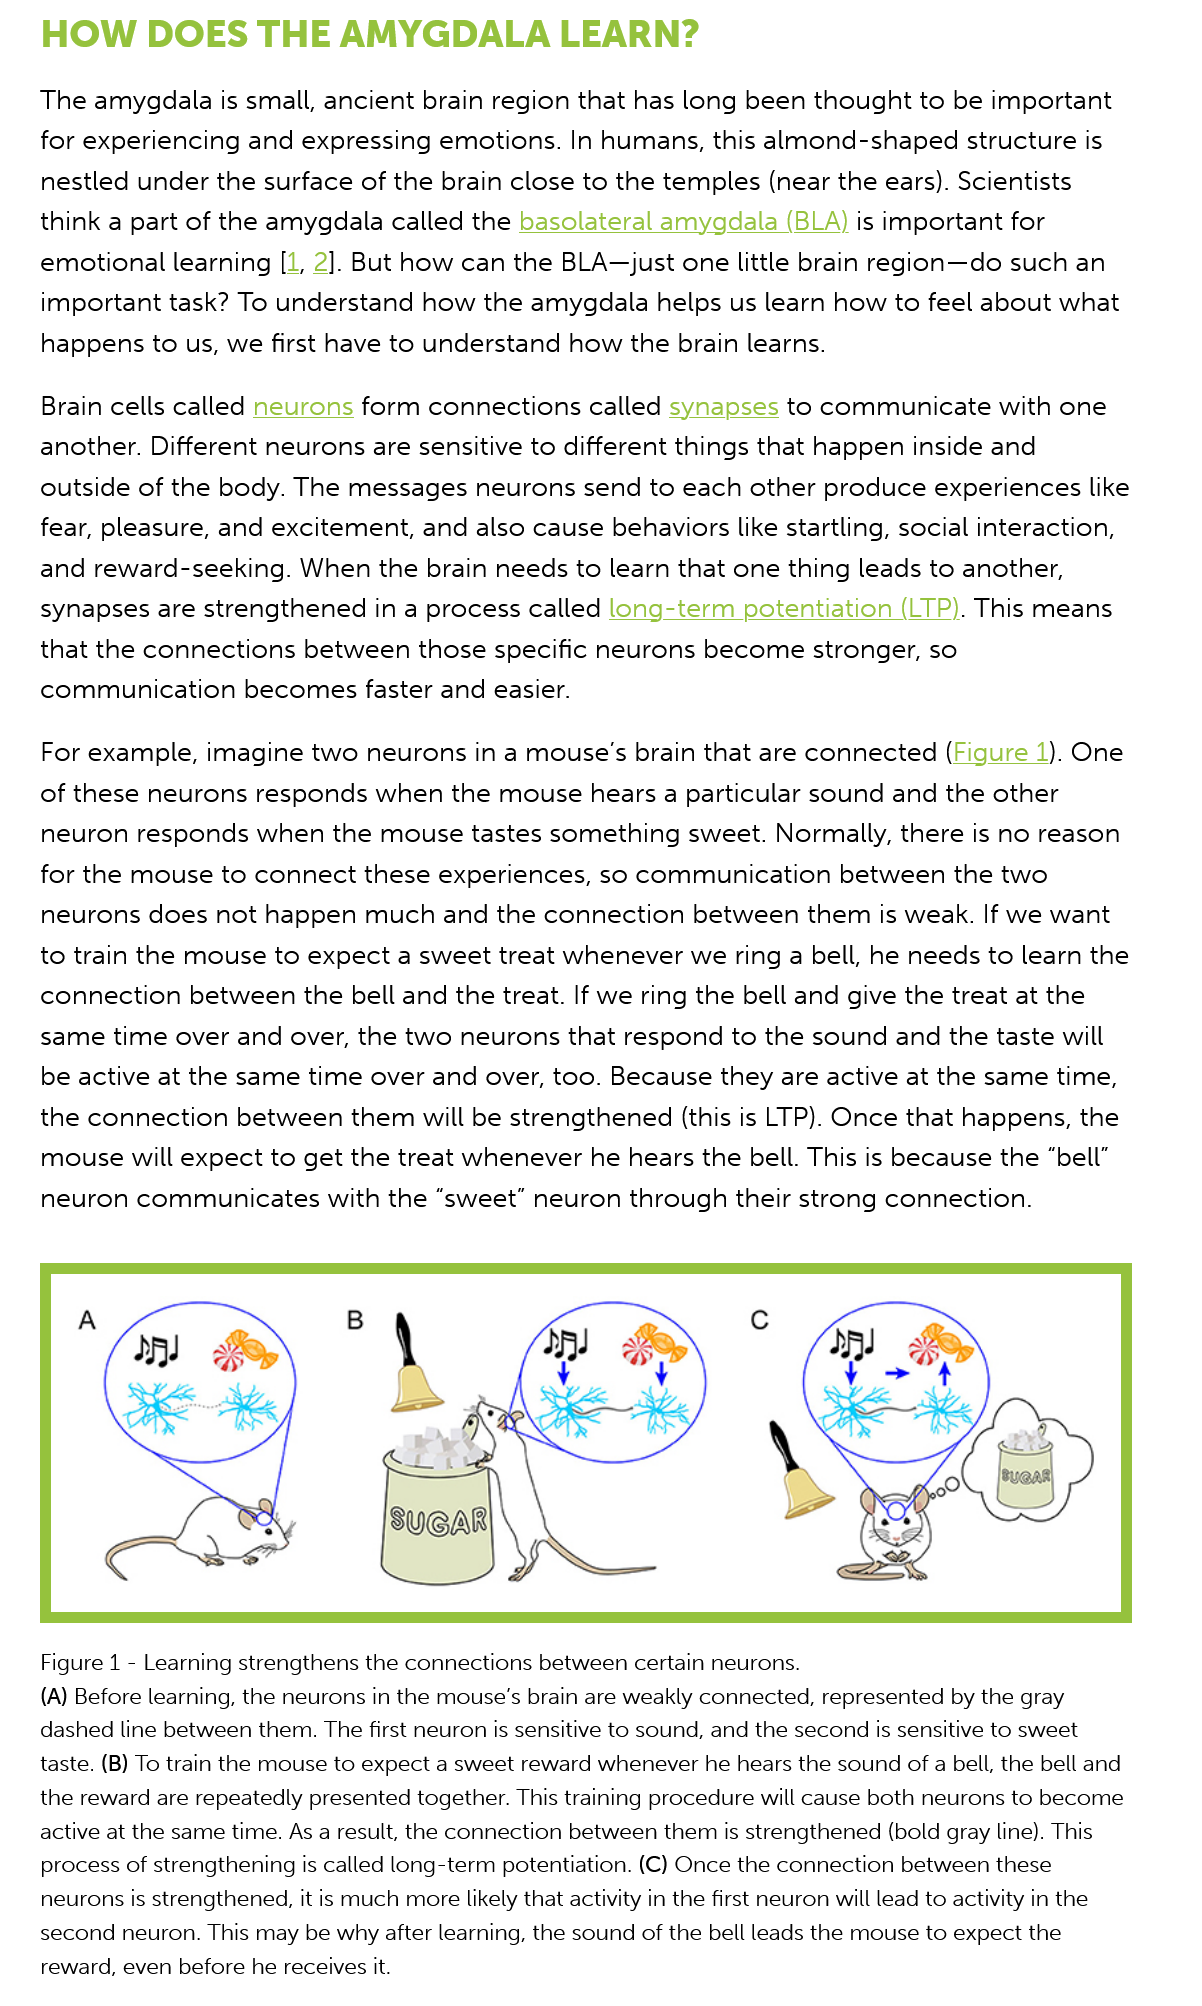
HOW    DOES    THE    AMYGDALA    LEARN?
    The  amygdala   is small, ancient brain region that has long  been thought   to be important
    for experiencing  and  expressing  emotions.  In humans,   this almond-shaped  structure is
    nestled  under the  surface of the brain close to the temples   (near the ears). Scientists
    think a part of the amygdala   called the basolateral amygdala   (BLA) is important  for
    emotional  learning  [1, 2]. But how can the  BLA—just  one little brain region—do   such an
    important  task? To  understand  how   the amygdala   helps us learn how  to feel about  what
    happens to   us, we first have to understand  how the brain   learns.
    Brain cells called neurons  form  connections   called synapses  to communicate    with  one
    another.  Different neurons are  sensitive to different things that happen  inside and
    outside  of the body. The  messages   neurons  send  to each  other produce   experiences like
    fear, pleasure, and excitement,  and  also cause  behaviors like startling, social interaction,
    and  reward-seeking.   When the   brain needs to  learn that one thing leads to another,
    synapses are  strengthened in   a process called  long-term  potentiation  (LTP). This means
    that the connections   between   those  specific neurons  become stronger,   so
    communication    becomes  faster  and  easier.
    For example,   imagine  two  neurons in a mouse’s   brain that are connected   (Figure  1). One
    of these neurons   responds  when   the mouse   hears a particular sound  and  the other
    neuron   responds  when  the  mouse tastes  something   sweet.  Normally,  there is no reason
    for the mouse   to connect  these  experiences,  so communication    between   the two
    neurons  does  not  happen  much and    the connection   between   them  is weak. If we want
    to train the mouse  to expect  a sweet treat  whenever   we ring a bell, he needs to  learn the
    connection   between the bell   and the treat. If we ring the bell and give the treat at the
    same time   over and  over, the two  neurons that  respond  to the sound   and the taste will
    be active at the same time   over and  over, too. Because  they are  active at the same time,
    the connection   between them    will be strengthened   (this is LTP). Once that happens,  the
    mouse will  expect  to get the treat whenever   he hears  the bell. This is because the “bell”
    neuron  communicates   with   the  “sweet” neuron  through their  strong  connection.
    Figure 1
     -
     Learning strengthens the connections between certain neurons.
    (A) Before learning, the neurons in the mouse’s brain are weakly connected, represented by the gray
    dashed line between them. The first neuron is sensitive to sound, and the second is sensitive to sweet
    taste. (B) To train the mouse to expect a sweet reward whenever he hears the sound of a bell, the bell and
    the reward are repeatedly presented together. This training procedure will cause both neurons to become
    active at the same time. As a result, the connection between them is strengthened (bold gray line). This
    process of strengthening is called long-term potentiation. (C) Once the connection between these
    neurons is strengthened, it is much more likely that activity in the first neuron will lead to activity in the
    second neuron. This may be why after learning, the sound of the bell leads the mouse to expect the
    reward, even before he receives it.